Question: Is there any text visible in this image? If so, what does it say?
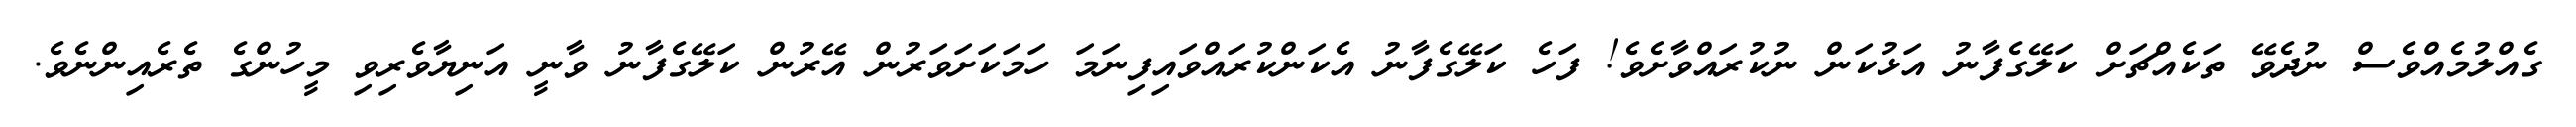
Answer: ގެއްލުމެއްވެސް ނުދެވޭ ތަކެއްޗަށް ކަލޭގެފާނު އަޅުކަން ނުކުރައްވާށެވެ! ފަހެ ކަލޭގެފާނު އެކަންކުރައްވައިފިނަމަ ހަމަކަށަވަރުން އޭރުން ކަލޭގެފާނު ވާނީ އަނިޔާވެރިވި މީހުންގެ ތެރެއިންނެވެ.